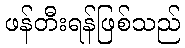
ဖန်တီးရန်ဖြစ်သည်